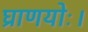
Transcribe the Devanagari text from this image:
घ्राणयोः।